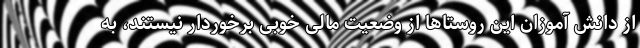
از دانش آموزان این روستاها از وضعیت مالی خوبی برخوردار نیستند، به